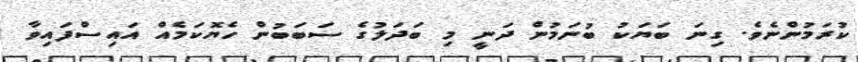
ކުރަމުންނެވެ. ގިނަ ބަޔަކު ބުނަމުން ދަނީ މި ބަދަލުގެ ސަަބަބުން ހެޔޮކަމެއް އައިސްފައިވާ